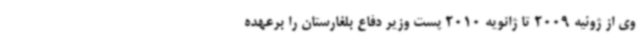
وی از ژوئیه 2009 تا ژانویه 2010 پست وزیر دفاع بلغارستان را برعهده